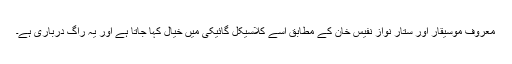
معروف موسیقار اور سِتار نواز نفیس خان کے مطابق اسے کلاسیکل گائیکی میں خیال کہا جاتا ہے اور یہ راگ درباری ہے۔